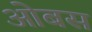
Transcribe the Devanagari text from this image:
ओबस